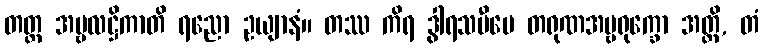
တတ္ထ အမ္ဗလဋ္ဌိကာတိ ရညော ဥယျာနံ။ တဿ ကိရ ဒွါရသမီပေ တရုဏအမ္ဗရုက္ခော အတ္ထိ, တံ